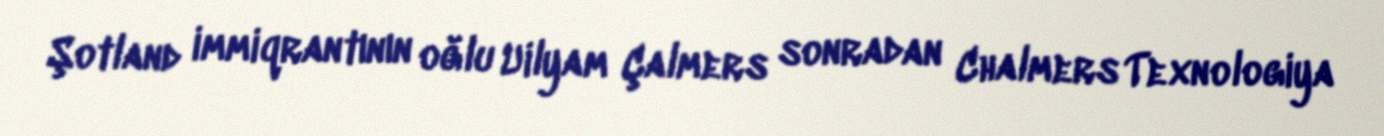
Şotland immiqrantının oğlu Uilyam Çalmers sonradan Chalmers Texnologiya